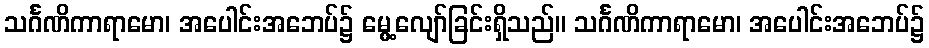
သင်္ဂဏိကာရာမော၊ အပေါင်းအဘေပ်၌ မွေ့လျော်ခြင်းရှိသည်။ သင်္ဂဏိကာရာမော၊ အပေါင်းအဘေပ်၌